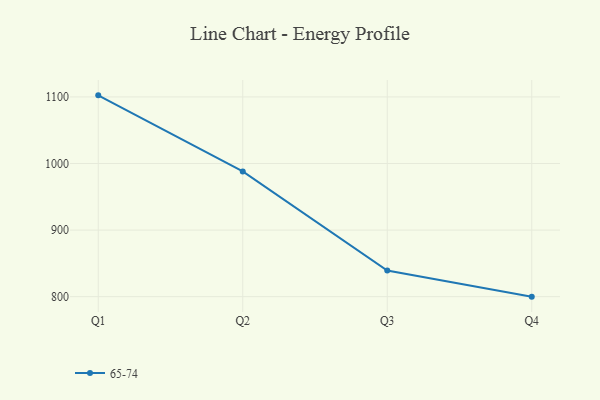
{"axis": {"x": "Quarter", "y": "Waste Production (Tons)"}, "legend": ["65-74"], "data": [{"x": "Q1", "y": 1102.4, "type": "65-74"}, {"x": "Q2", "y": 988.1, "type": "65-74"}, {"x": "Q3", "y": 839.2, "type": "65-74"}, {"x": "Q4", "y": 800, "type": "65-74"}]}